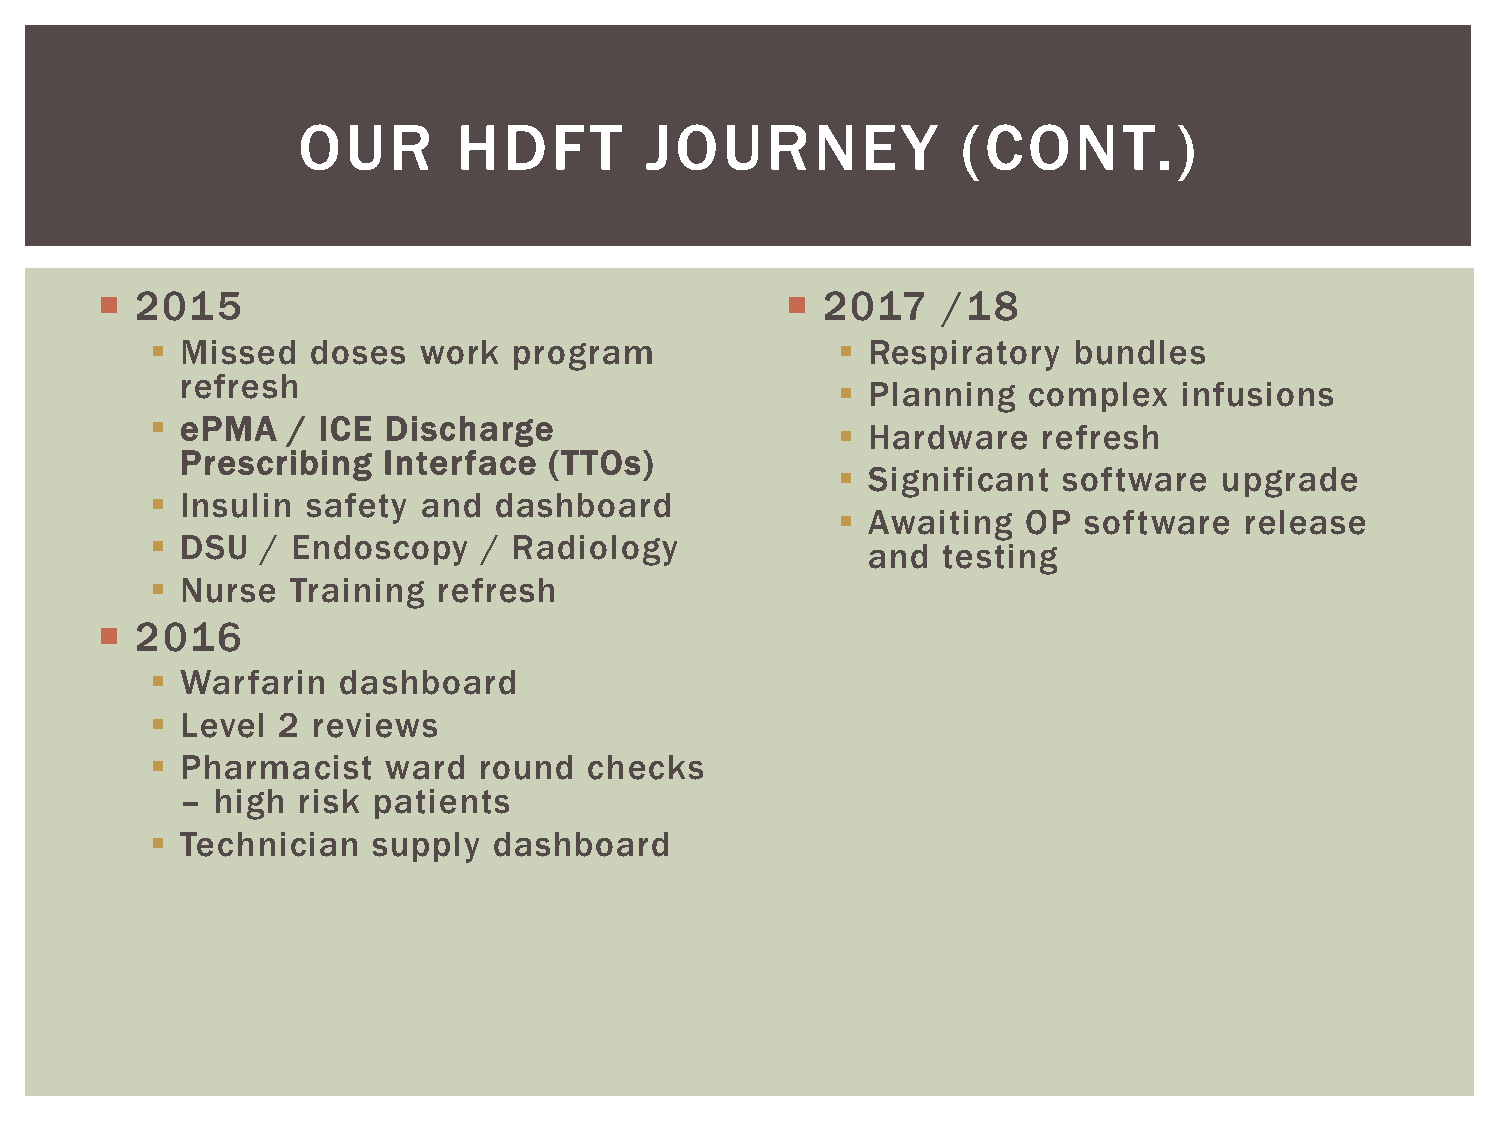
OUR       HDFT         JOURNEY              (CONT.)
   2015                                        2017    /18
  Missed   doses  work  program               Respiratory   bundles
 refresh
  Planning   complex   infusions
  ePMA   / ICE Discharge
  Hardware    refresh
 Prescribing  Interface  (TTOs)
  Significant  software   upgrade
  Insulin safety  and  dashboard
  Awaiting   OP  software  release
  DSU  / Endoscopy    / Radiology
 and  testing
  Nurse  Training  refresh
   2016
  Warfarin  dashboard
  Level 2  reviews
  Pharmacist    ward  round  checks
 – high  risk patients
  Technician   supply  dashboard